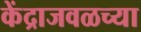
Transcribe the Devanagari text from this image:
केंद्राजवळच्या